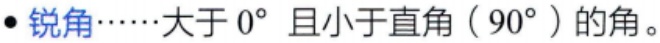
- 锐角……大于 \(0^{\circ}\) 且小于直角（\(90^{\circ}\)）的角。